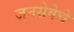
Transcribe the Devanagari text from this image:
जनसेवेचे